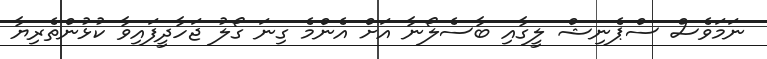
ނަމަވެސް ސްޕެނިޝް ލީގާއި ބާސެލޯނާ އަށް އެންމެ ގިނަ ގޯލު ޖަހާދީފައިވާ ކުޅުންތެރިޔާ